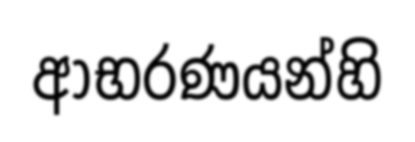
ආභරණයන්හි